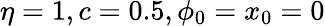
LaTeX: \eta=1,c=0.5,\phi_{0}=x_{0}=0